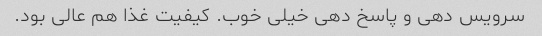
سرویس دهی و پاسخ دهی خیلی خوب. کیفیت غذا هم عالی بود.